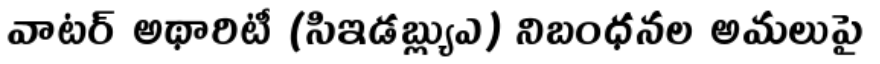
వాటర్ అథారిటీ (సిఇడబ్ల్యుఎ) నిబంధనల అమలుపై